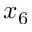
x _ { 6 }